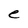
Character: e